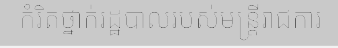
កំរិតថ្នាក់រដ្ឋបាលរបស់មន្ត្រីរាជការ